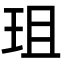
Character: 珇